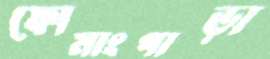
ফোমাংপাড়া